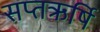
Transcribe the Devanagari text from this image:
सप्तऋर्षि